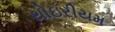
થોઇરીયમ